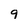
Character: 9